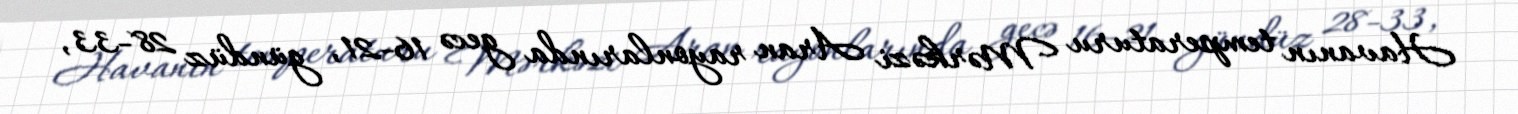
Havanın temperaturu Mərkəzi Aran rayonlarında gecə 16-21, gündüz 28-33,